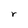
Character: r